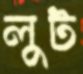
লুট